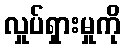
လှုပ်ရှားမှုကို